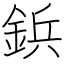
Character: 鋲